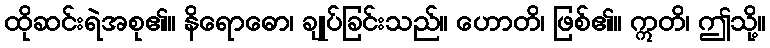
ထိုဆင်းရဲအစု၏။ နိရောဓော၊ ချုပ်ခြင်းသည်။ ဟောတိ၊ ဖြစ်၏။ ဣတိ၊ ဤသို့။